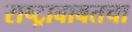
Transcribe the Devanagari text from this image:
राष्ट्राबाबतचा